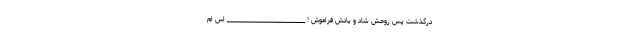
درگذشت پس روحش شاد و یادش فراموش ! __________________________ اس ام